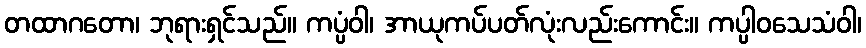
တထာဂတော၊ ဘုရားရှင်သည်။ ကပ္ပံဝါ၊ အာယုကပ်ပတ်လုံးလည်းကောင်း။ ကပ္ပါဝသေသံဝါ၊